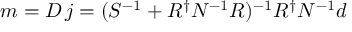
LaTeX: m = D \, j = ( S ^ { - 1 } + R ^ { \dagger } N ^ { - 1 } R ) ^ { - 1 } R ^ { \dagger } N ^ { - 1 } d